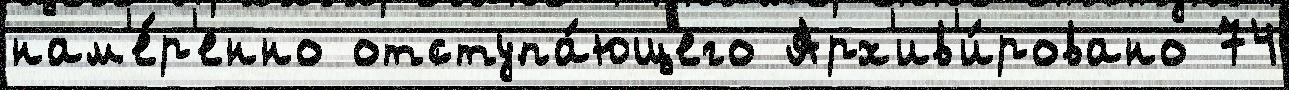
нам'е́р'енно отступа́ющего Арх'ив'и́ровано 74